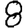
Digit: 8